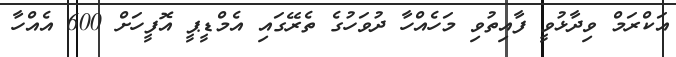
އަކްރަމް ވިދާޅުވީ ފާއިތުވި މަހެއްހާ ދުވަހުގެ ތެރޭގައި އެމްޑީޕީ އޮފީހަށް 600 އެއްހާ